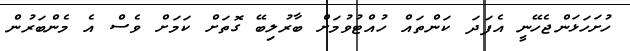
ހުށަހަޅަންޖެހޭނީ އެފަދަ ކަންތައް ހުއްޓުވުމަށް ބާރުލިބޭ ގޮތަށް ކަމަށް ވެސް އެ މެންބަރުން